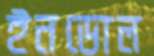
ইনডোল